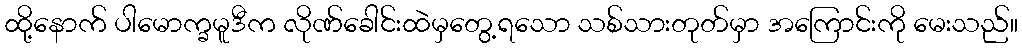
ထို့နောက် ပါမောက္ခမူဒီက လိုဏ်ခေါင်းထဲမှတွေ့ရသော သစ်သားတုတ်မှာ အကြောင်းကို မေးသည်။